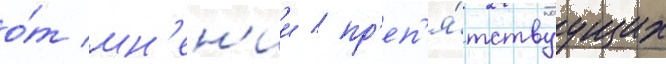
о́т мн'ен'ии / пр'еп'я́тствуущих